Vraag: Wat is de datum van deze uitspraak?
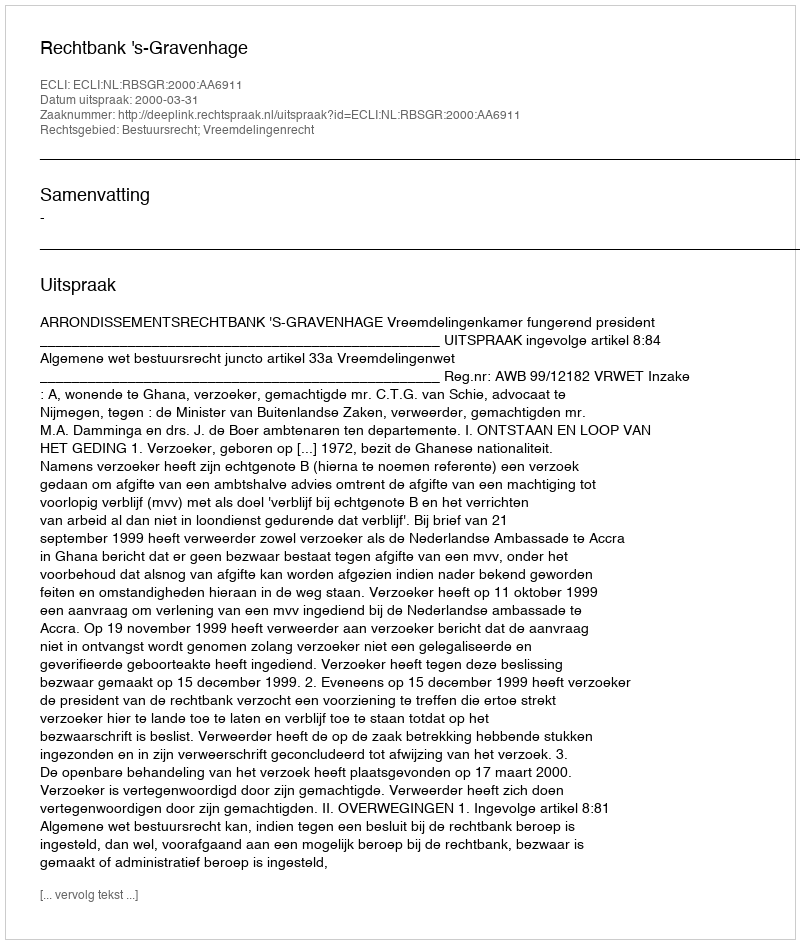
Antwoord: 2000-03-31